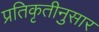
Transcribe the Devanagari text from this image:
प्रतिकृतीनुसार